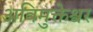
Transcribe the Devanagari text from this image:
अविमुक्तेश्वर